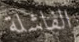
الفاشلة